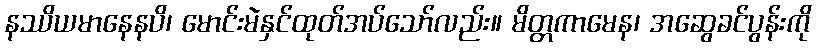
နဿိယမာနေနပိ၊ မောင်းမဲနှင်ထုတ်အပ်သော်လည်း။ မိတ္တကာမေန၊ အဆွေခင်ပွန်းကို